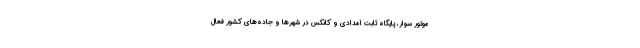
موتور سوار، پایگاه ثابت امدادی و کانکس در شهرها و جاده‌‌های کشور فعال